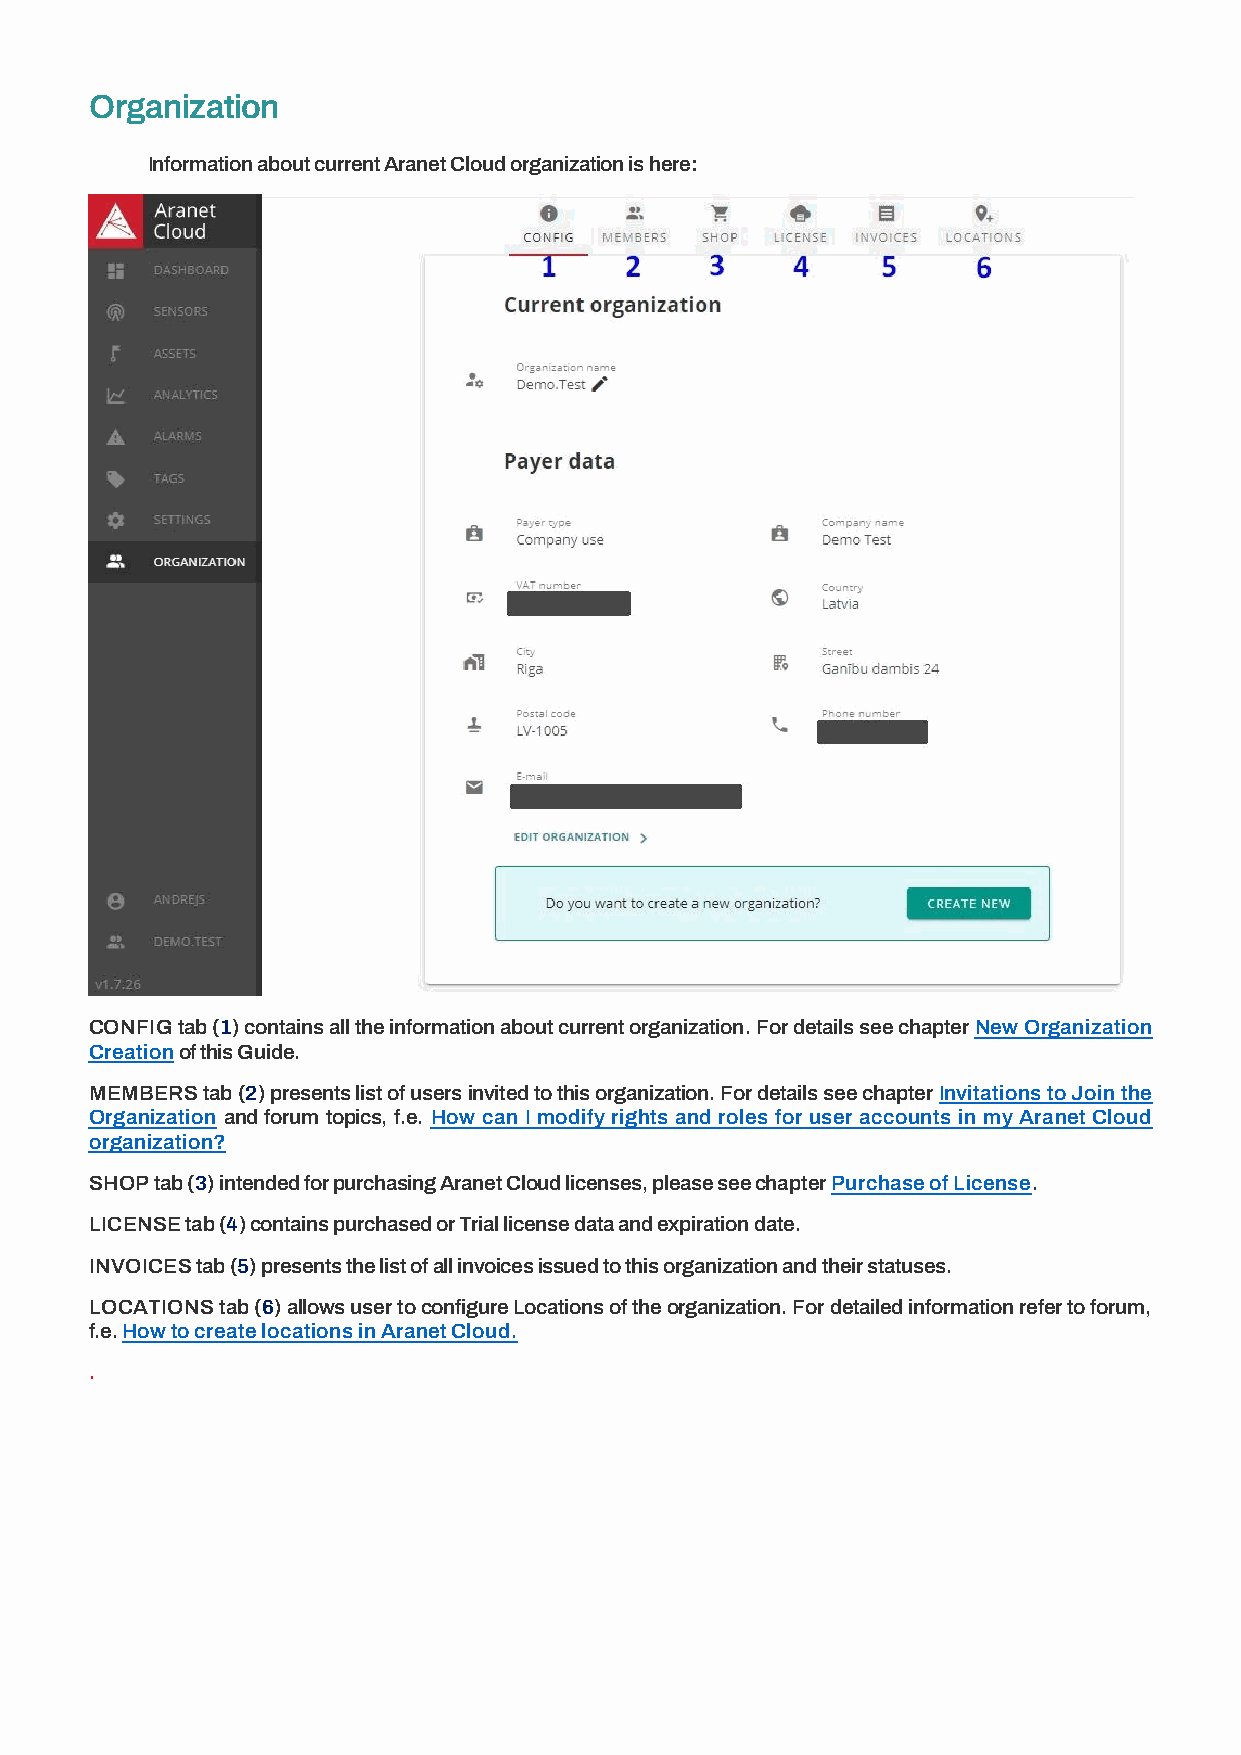
Organization
 Information about current Aranet Cloud organization is here:
 CONFIG tab (1) contains all the information about current organization. For details see chapter New Organization
 Creation of this Guide.
 MEMBERS tab (2) presents list of users invited to this organization. For details see chapter Invitations to Join the
 Organization and forum topics, f.e. How can I modify rights and roles for user accounts in my Aranet Cloud
 organization?
 SHOP tab (3) intended for purchasing Aranet Cloud licenses, please see chapter Purchase of License.
 LICENSE tab (4) contains purchased or Trial license data and expiration date.
 INVOICES tab (5) presents the list of all invoices issued to this organization and their statuses.
 LOCATIONS tab (6) allows user to configure Locations of the organization. For detailed information refer to forum,
 f.e. How to create locations in Aranet Cloud.
 .